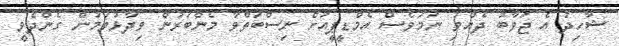
ޝާހިދު އެ ޖަވާބު ދެއްވި ނަމަވެސް އެމްޑީޕީއަށް ނިސްބަތްވާ މެންބަރުން ވިދާޅުވަމުން ގެންދެވީ